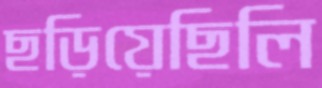
ছড়িয়েছিলি